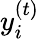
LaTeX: y_{i}^{(t)}